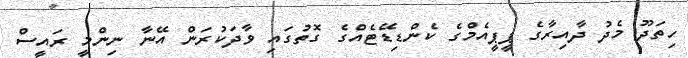
ހިތަދޫ މެދު ދާއިރާގެ ޕީޕީއެމްގެ ކެންޑިޑޭޓެއްގެ ގޮތުގައި ވާދަކުރަން އޭނާ ނިންމީ ރައީސް